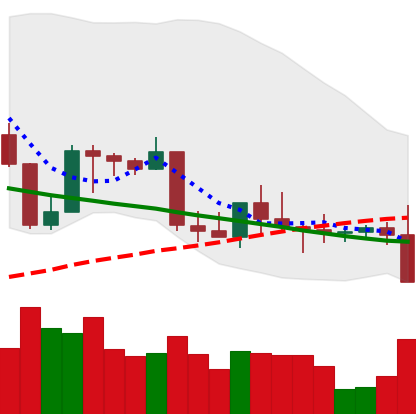
Ticker: BNB-USD
Chart end date: 2022-09-06
Forward return: 12.37%
Label: up_7plus